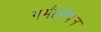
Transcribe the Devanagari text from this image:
गर्भलोपन